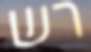
רש